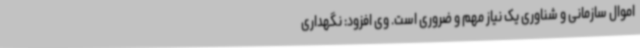
اموال سازمانی و شناوری یک نیاز مهم و ضروری است. وی افزود: نگهداری